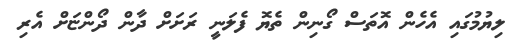
ލިޔުމުގައި އެހެން އޮތަސް ގޯނިން ތެޔޮ ފެލަނީ ރަށަށް ދާން ދޯންޏަށް އެރި